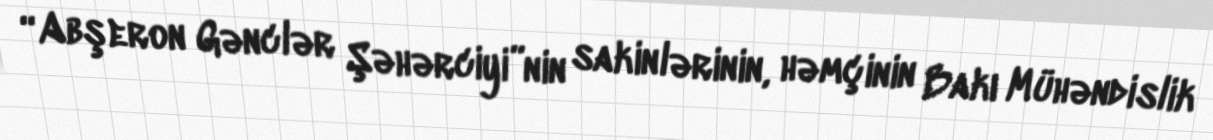
“Abşeron Gənclər Şəhərciyi”nin sakinlərinin, həmçinin Bakı Mühəndislik